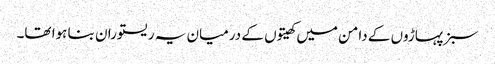
سبز پہاڑوں کے دامن میں کھیتوں کے درمیان یہ ریستوران بنا ہوا تھا۔